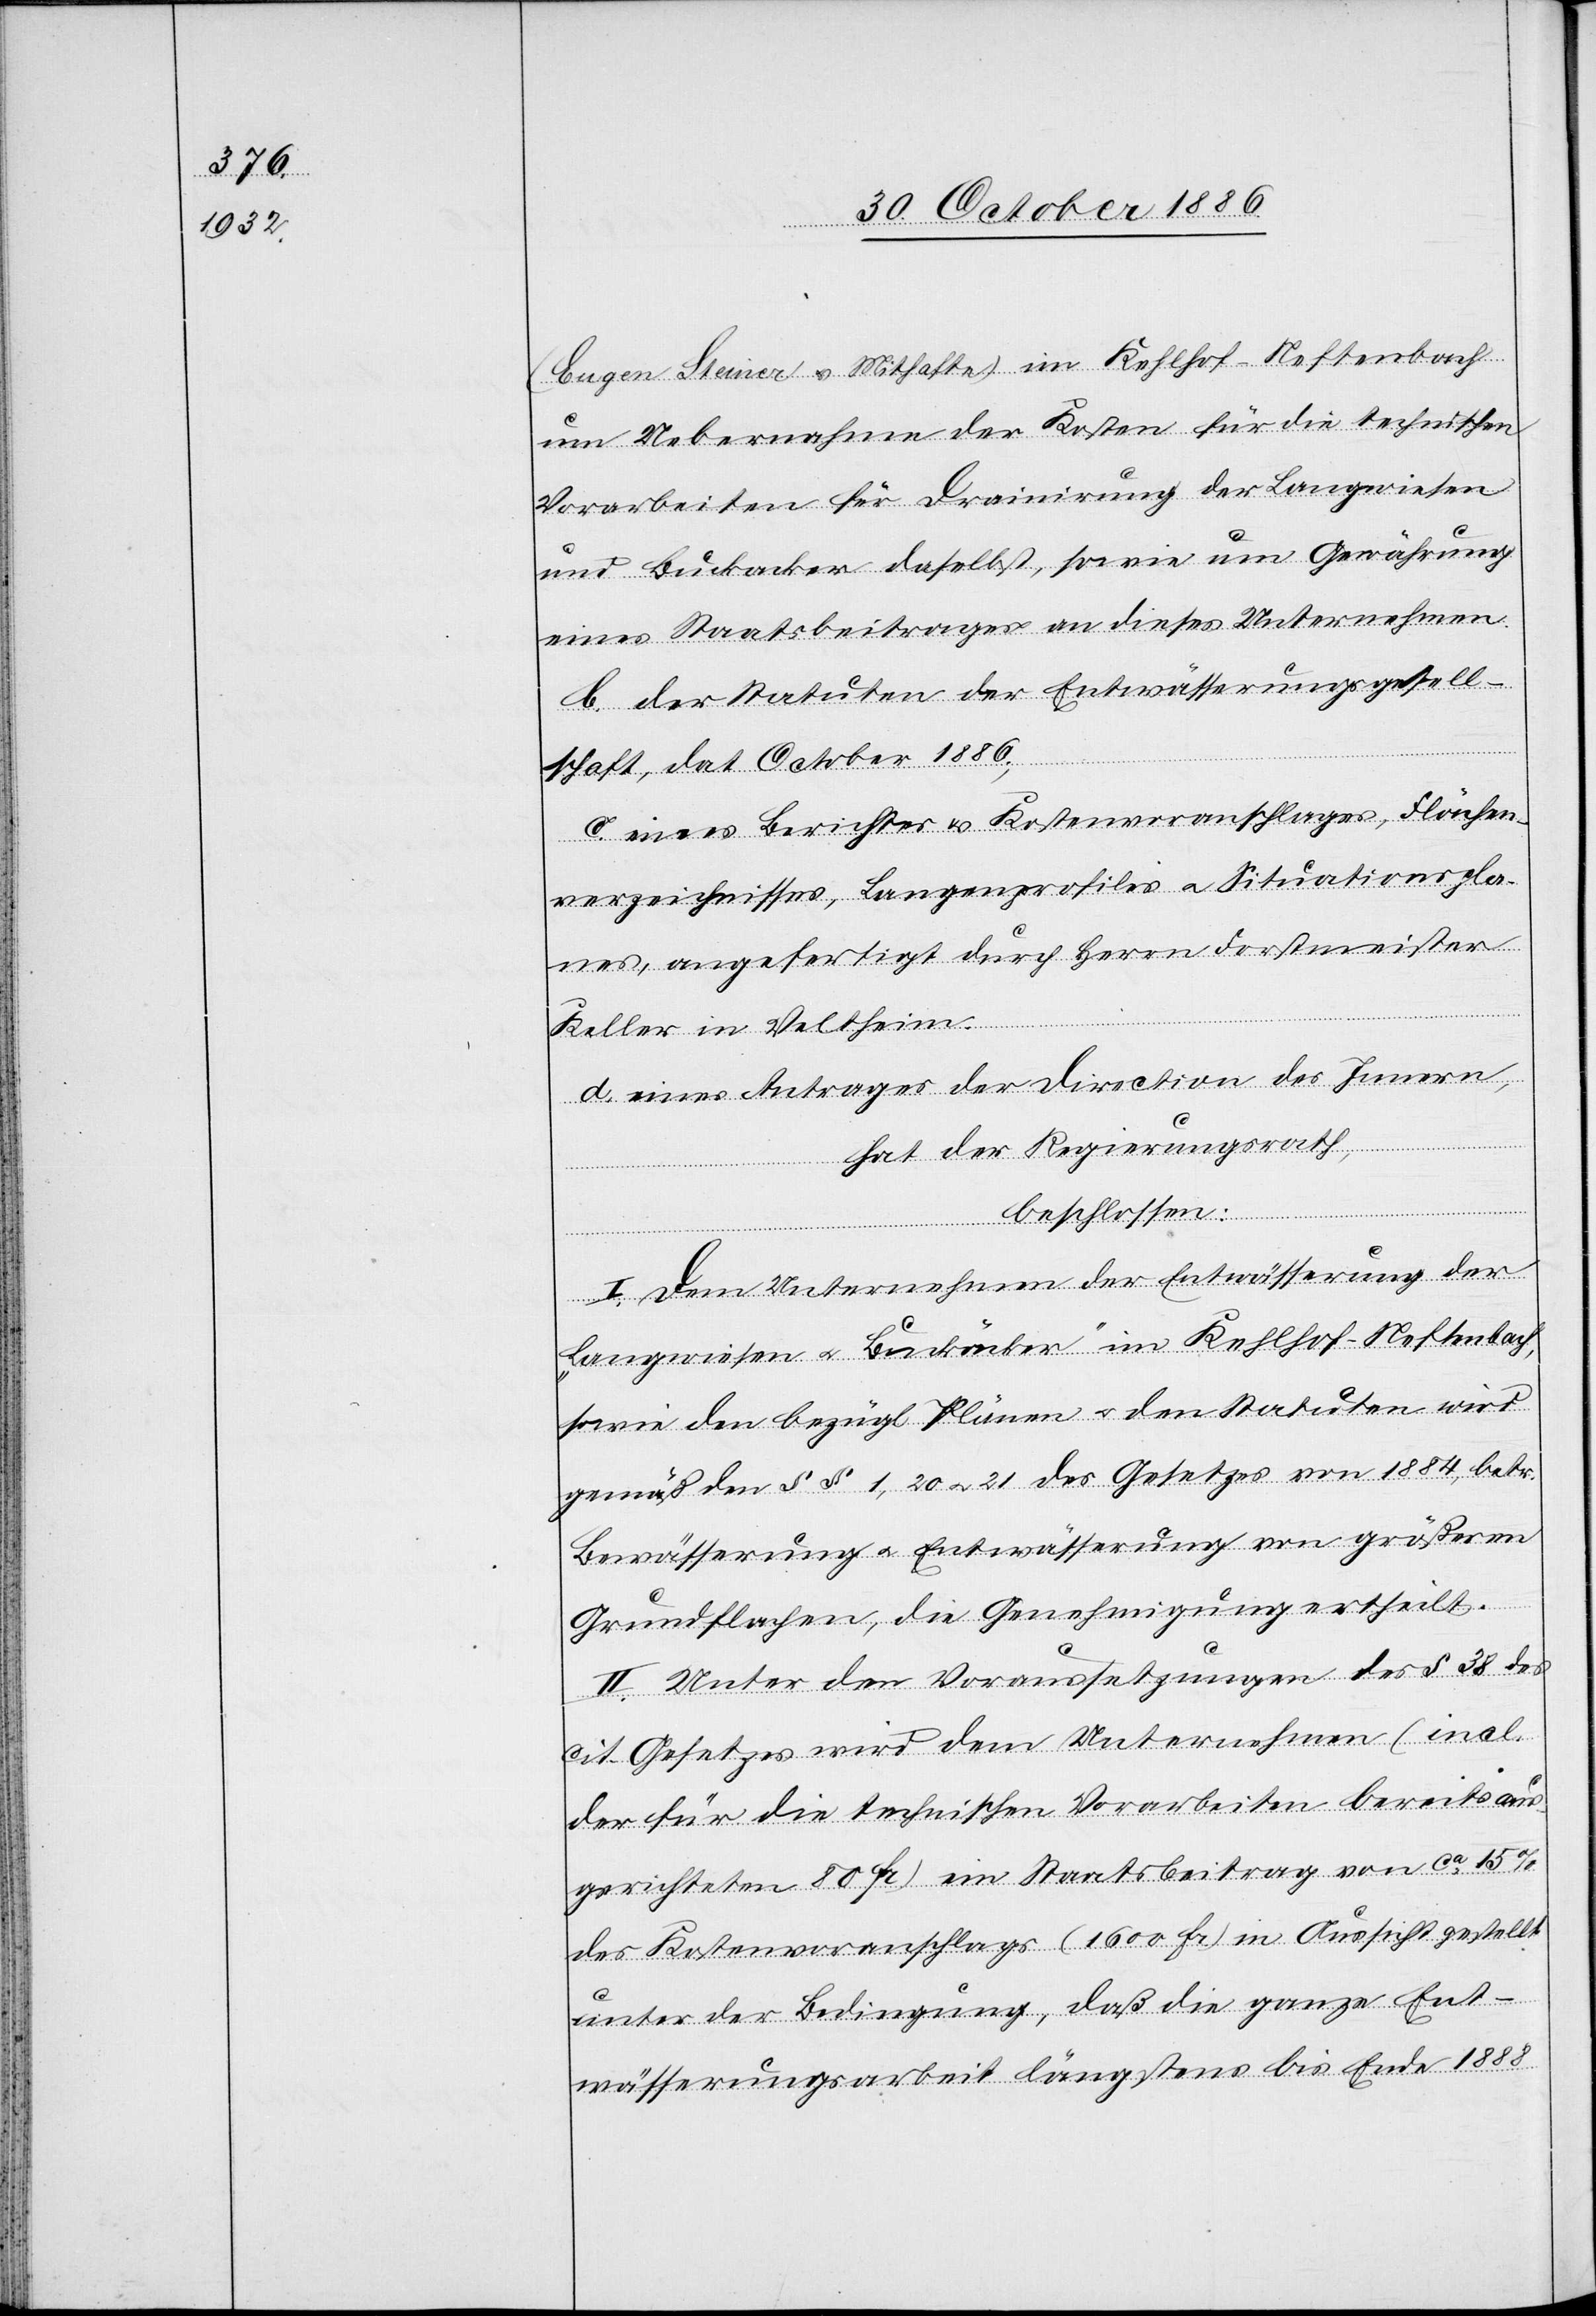
(Eugen Steiner &. Mithafte) im Kehlhof - Neftenbach
um Uebernahme der Kosten für die technischen
Vorarbeiten für Drainirung der Langwiesen
und Buckacker daselbst, sowie um Gewährung
eines Staatsbeitrages an dieses Unternehmen.
b. der Statuten der Entwässerungsgesell¬
schaft, dat. October 1886;
c. eines Berichtes & Kostenvoranschlages, Flächen¬
verzeichnisses, Langenprofiles [sic!] & Situationspla¬
nes, angefertigt durch Herrn Forstmeister
Keller in Veltheim.
d. eines Antrages der Direction des Innern,
hat der Regierungsrath,
beschlossen:
I. Dem Unternehmen der Entwässerung der
„Langwiesen & Buckäcker“ im Kehlhof - Neftenbach,
sowie den bezügl. Plänen & den Statuten wird
gemäß den §§ 1, 20 & 21 des Gesetzes von 1884, betr.
Bewässerung & Entwässerung von größeren
Grundflachen [sic!], die Genehmigung ertheilt.
II. Unter den Voraussetzungen des § 38 des
cit. Gesetzes wird dem Unternehmen (incl.
der für die technischen Vorarbeiten bereits aus¬
gerichteten 80 Fr.) ein Staatsbeitrag von ca 15%
des Kostenvoranschlags (1600 Fr.) in Aussicht gestellt
unter der Bedingung, daß die ganze Ent¬
wässerungsarbeit längstens bis Ende 1888